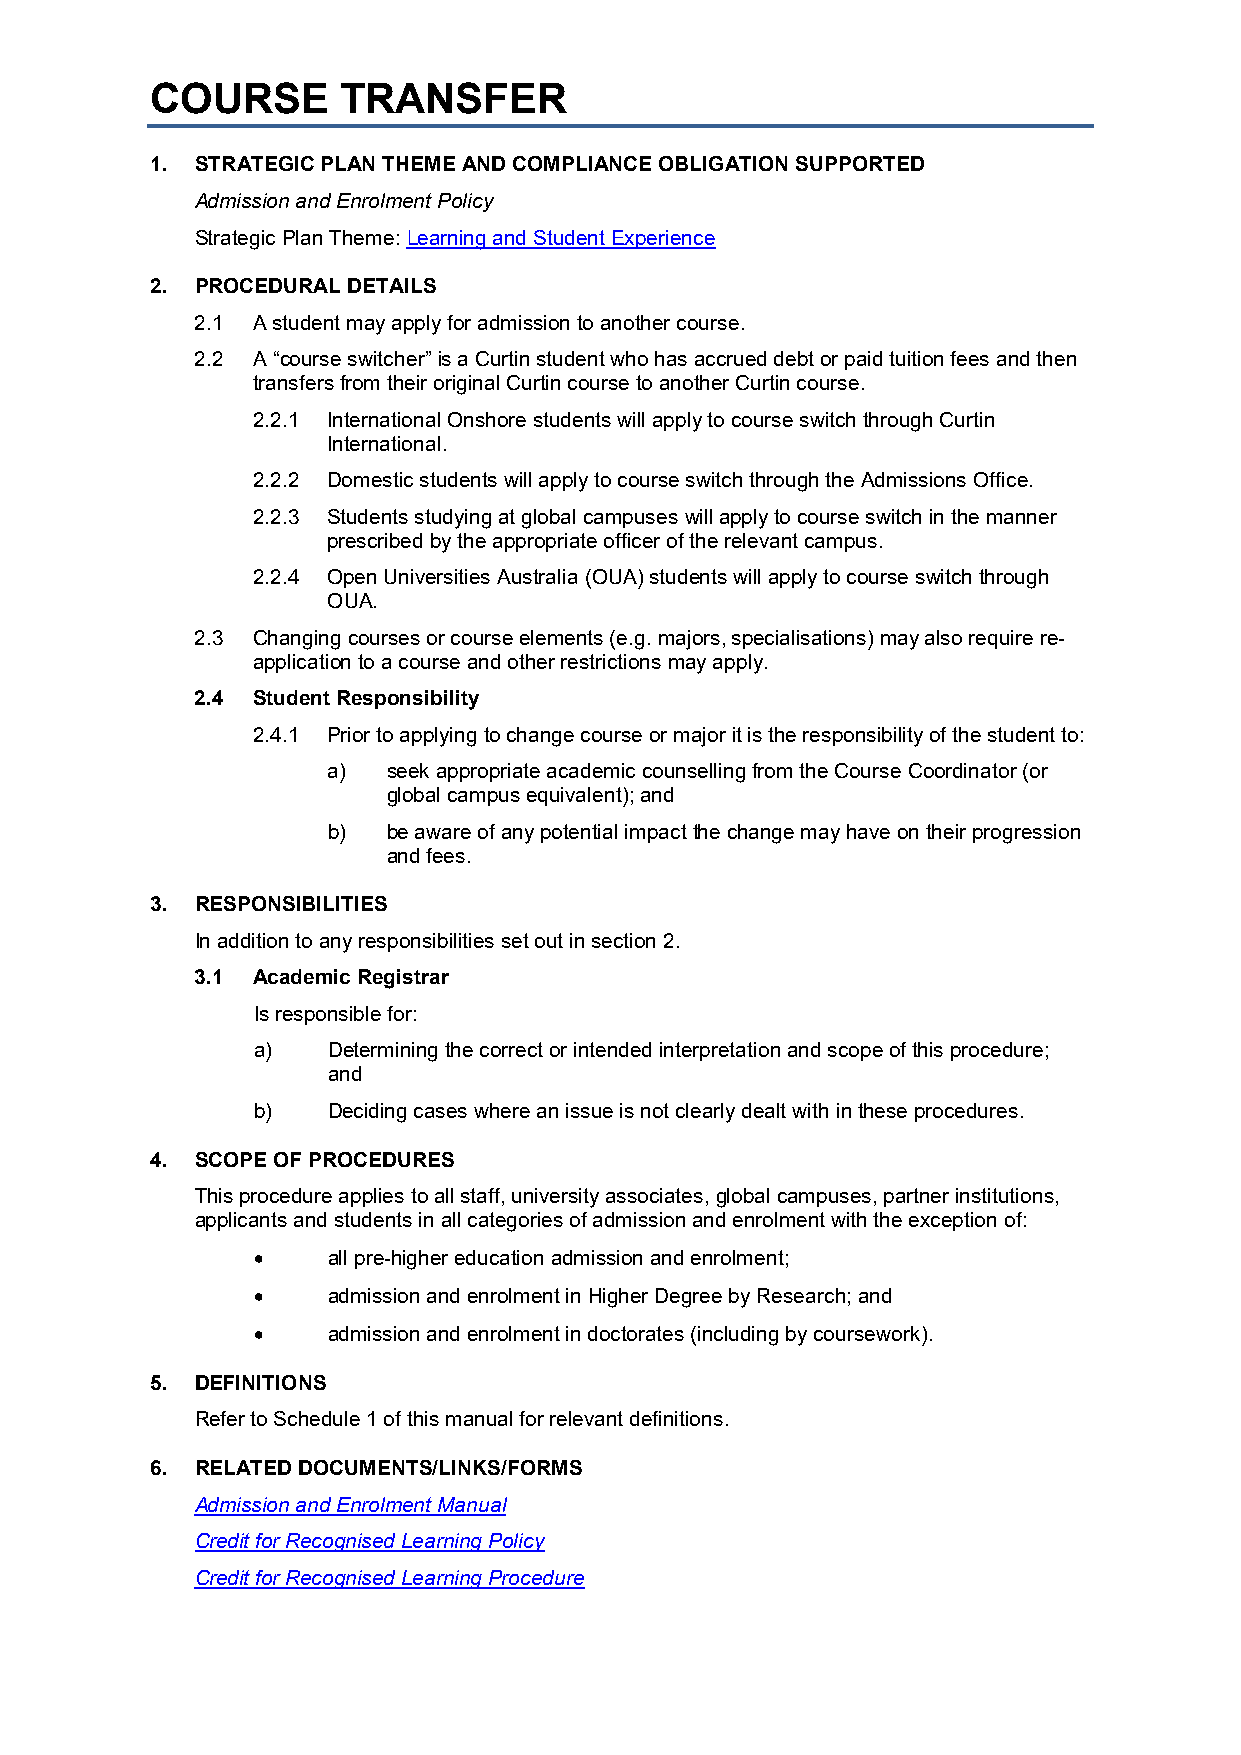
COURSE       TRANSFER
 1. STRATEGIC PLAN THEME AND COMPLIANCE OBLIGATION SUPPORTED
 Admission and Enrolment Policy
 Strategic Plan Theme: Learning and Student Experience
 2. PROCEDURAL DETAILS
 2.1 A student may apply for admission to another course.
 2.2 A “course switcher” is a Curtin student who has accrued debt or paid tuition fees and then
 transfers from their original Curtin course to another Curtin course.
 2.2.1 International Onshore students will apply to course switch through Curtin
 International.
 2.2.2 Domestic students will apply to course switch through the Admissions Office.
 2.2.3 Students studying at global campuses will apply to course switch in the manner
 prescribed by the appropriate officer of the relevant campus.
 2.2.4 Open Universities Australia (OUA) students will apply to course switch through
 OUA.
 2.3 Changing courses or course elements (e.g. majors, specialisations) may also require re-
 application to a course and other restrictions may apply.
 2.4 Student Responsibility
 2.4.1 Prior to applying to change course or major it is the responsibility of the student to:
 a)  seek appropriate academic counselling from the Course Coordinator (or
 global campus equivalent); and
 b)  be aware of any potential impact the change may have on their progression
 and fees.
 3. RESPONSIBILITIES
 In addition to any responsibilities set out in section 2.
 3.1 Academic Registrar
 Is responsible for:
 a)   Determining the correct or intended interpretation and scope of this procedure;
 and
 b)   Deciding cases where an issue is not clearly dealt with in these procedures.
 4. SCOPE OF PROCEDURES
 This procedure applies to all staff, university associates, global campuses, partner institutions,
 applicants and students in all categories of admission and enrolment with the exception of:
 •    all pre-higher education admission and enrolment;
 •    admission and enrolment in Higher Degree by Research; and
 •    admission and enrolment in doctorates (including by coursework).
 5. DEFINITIONS
 Refer to Schedule 1 of this manual for relevant definitions.
 6. RELATED DOCUMENTS/LINKS/FORMS
 Admission and Enrolment Manual
 Credit for Recognised Learning Policy
 Credit for Recognised Learning Procedure